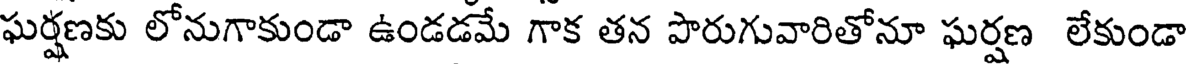
ఘర్షణకు లోనుగాకుండా ఉండడమే గాక తన పొరుగువారితోనూ ఘర్షణ లేకుండా